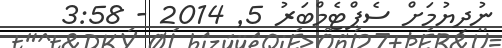
ނުދިޔުމަށް ސެޕްޓެމްބަރު 5